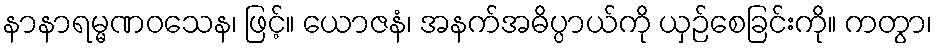
နာနာရမ္မဏဝသေန၊ ဖြင့်။ ယောဇနံ၊ အနက်အဓိပ္ပာယ်ကို ယှဉ်စေခြင်းကို။ ကတွာ၊